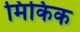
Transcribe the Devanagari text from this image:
मिकिक